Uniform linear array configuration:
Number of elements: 8
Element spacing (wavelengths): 1
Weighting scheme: exponential
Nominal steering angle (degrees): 0
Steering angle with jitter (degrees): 0.1711
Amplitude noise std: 0.05
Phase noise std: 0.05

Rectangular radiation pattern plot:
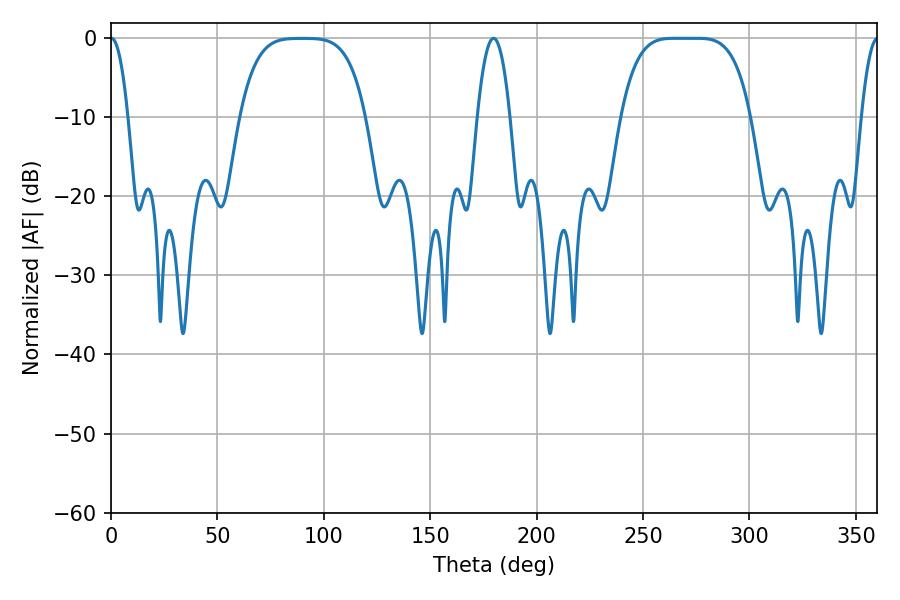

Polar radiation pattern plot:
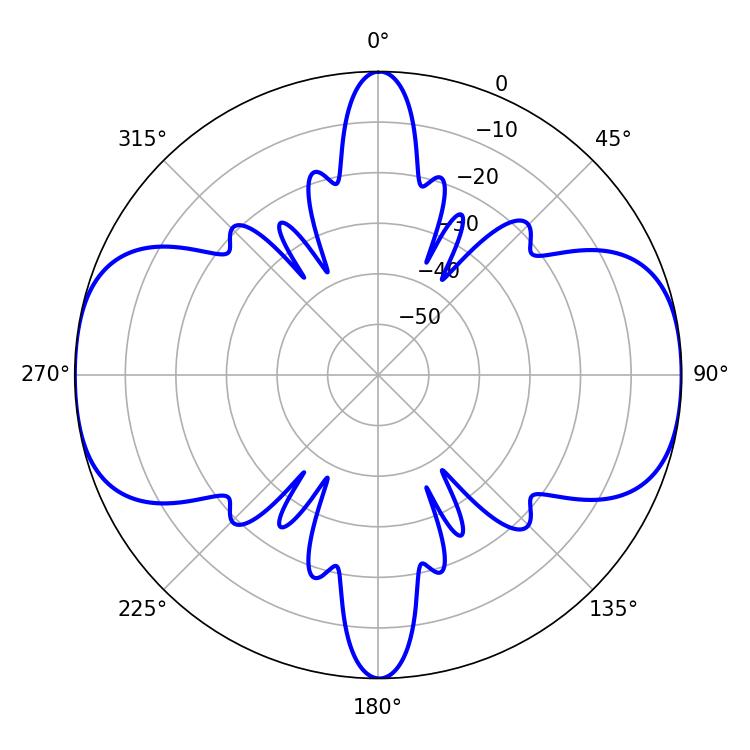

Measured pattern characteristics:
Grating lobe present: TRUE
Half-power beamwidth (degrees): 45.72
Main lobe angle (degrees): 264.78